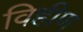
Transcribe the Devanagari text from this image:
विहीण